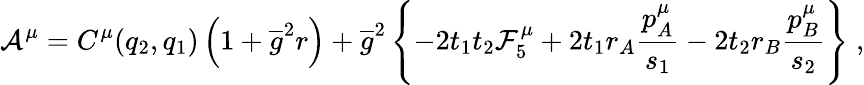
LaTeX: {\cal A}^{\mu}=C^{\mu}(q_{2},q_{1})\left(1+\overline{{g}}^{2}r\right)+\overline{{g}}^{2}\left\{ -2t_{1}t_{2}{\cal F}_{5}^{\mu}+2t_{1}r_{A}\frac{p_{A}^{\mu}}{s_{1}}-2t_{2}r_{B}\frac{p_{B}^{\mu}}{s_{2}}\right\} \; ,